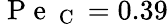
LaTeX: \mathrm{~P~e~}_{\mathrm{~C~}}=0.39